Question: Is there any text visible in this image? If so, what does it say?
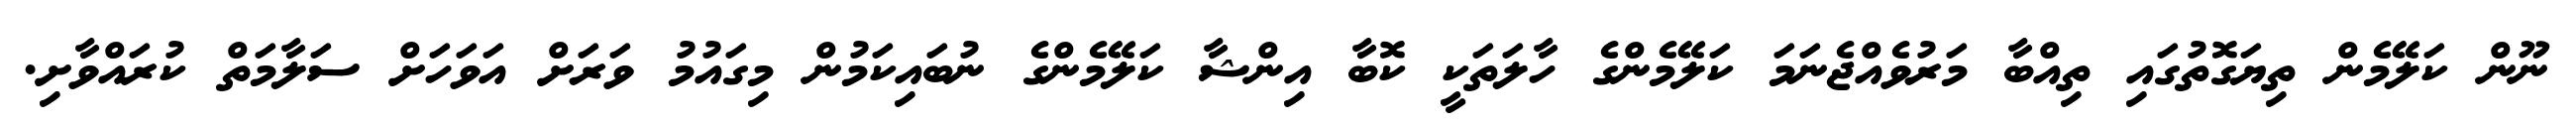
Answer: ނޫން ކަލޭމެން ތިޔަގޮތުގައި ތިއްބާ މަރުވެއްޖެނަމަ ކަލޭމެންގެ ހާލަތަކީ ކޮބާ އިންޝާ ކަލޭމެންގެ ނުބައިކަމުން މިގައުމު ވަރަށް އަވަހަށް ސަލާމަތް ކުރައްވާށި.